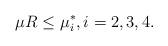
LaTeX: \begin{align*}\mu R \le \mu^*_i, i= 2,3,4.\end{align*}